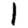
Digit: 1